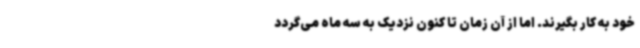
خود به کار بگیرند. اما از آن زمان تا کنون نزدیک به سه ماه می‌گردد